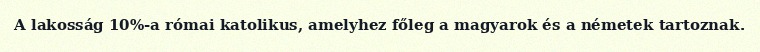
A lakosság 10%-a római katolikus, amelyhez főleg a magyarok és a németek tartoznak.